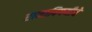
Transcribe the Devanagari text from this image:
रानाविषयीचे